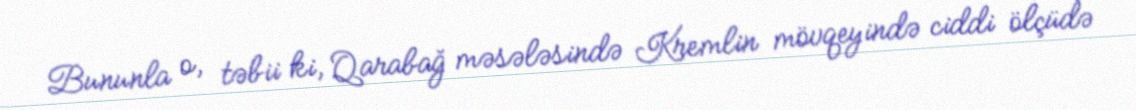
Bununla o, təbii ki, Qarabağ məsələsində Kremlin mövqeyində ciddi ölçüdə